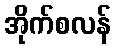
အိုက်စလန်